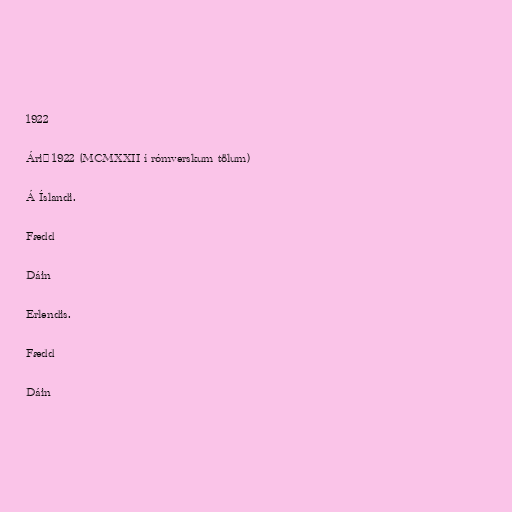
1922

Árið 1922 (MCMXXII í rómverskum tölum)

Á Íslandi.

Fædd

Dáin

Erlendis.

Fædd

Dáin